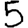
Digit: 5